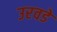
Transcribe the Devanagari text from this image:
उरवडे